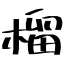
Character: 榴